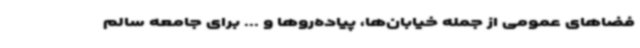
فضاهای عمومی از جمله خیابان‌ها، پیاده‌روها و ... برای جامعه‌ سالم